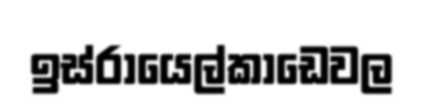
ඉස්රායෙල්කාඩෙවල